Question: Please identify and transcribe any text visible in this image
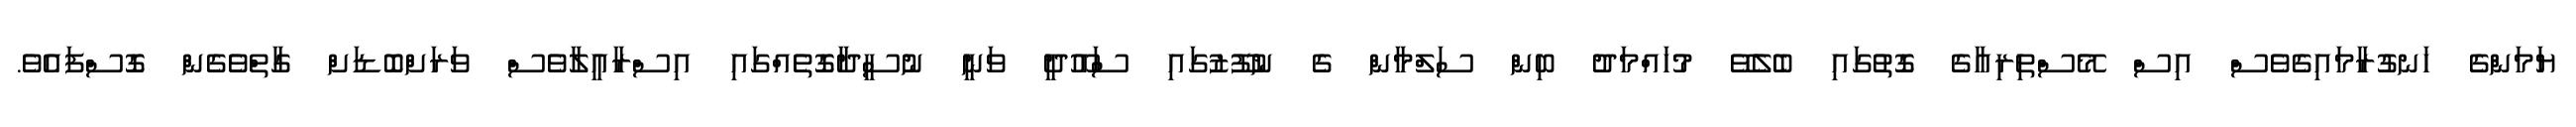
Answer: ޔަމަންގެ ހަނގުރާމައިގެވެސް އިސް މޭސްތިރިއާގެ ގޮތުގައި ބެލެވޭ މުހައްމަދު ބިން ސަލްމާން ގެ ނުފޫޒުގައި ސައޫދީ ވަނީ ނުސީދާގޮތެއްގައި އިސްރާއީލާވެސް ވަރަށްބޮޑަށް ގާތްވެގެން ގޮސްފައެވެ.